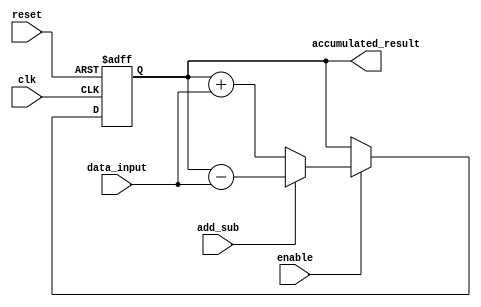
module accumulator (
    input wire clk,
    input wire reset,
    input wire enable,
    input wire [15:0] data_input,
    input wire add_sub, // 0 for addition, 1 for subtraction
    output reg [31:0] accumulated_result
);

reg [31:0] accumulator_reg;

always @(posedge clk or posedge reset) begin
    if (reset) begin
        accumulator_reg <= 32'b0;
    end else begin
        if (enable) begin
            if (add_sub == 0) begin
                accumulator_reg <= accumulator_reg + data_input;
            end else begin
                accumulator_reg <= accumulator_reg - data_input;
            end
        end
    end
end

assign accumulated_result = accumulator_reg;

endmodule